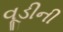
વૂડીની